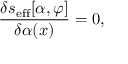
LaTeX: { \frac { \delta s _ { \mathrm { e f f } } [ \alpha , \varphi ] } { \delta \alpha ( x ) } } = 0 ,